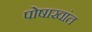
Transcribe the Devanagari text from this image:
पोषाखांत